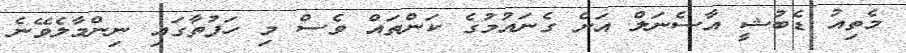
މެތިއު ޑެބުޝީ އާސެނަލް އަށް ގެނައުމުގެ ކަންތައް ވެސް މި ހަފުތާގައި ނިންމާލެވޭނެ